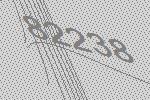
82238